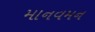
માનવમન